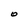
Character: O